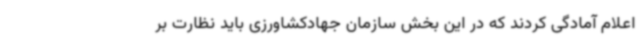
اعلام آمادگی کردند که در این بخش سازمان جهادکشاورزی باید نظارت بر